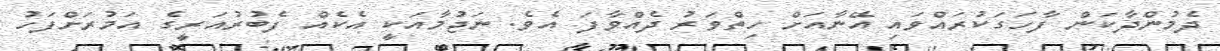
ދެމުންދާކަން ފާހަގަކުރައްވައި އޭނާއަށް ހިތްވަރު ދެއްވާފަ އެވެ. ނަޖުމާއަކީ އެކެއް ފެބުރުއަރީގެ އަމުރަށްފަހު